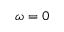
\omega = 0